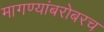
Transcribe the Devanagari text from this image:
मागण्यांबरोबरच